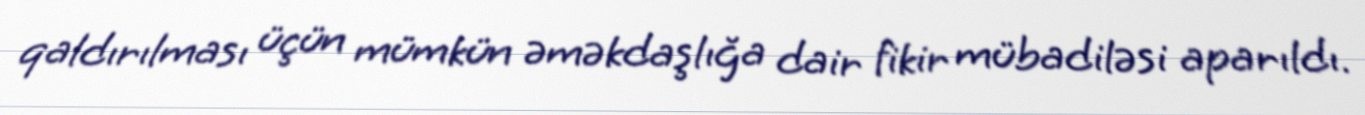
qaldırılması üçün mümkün əməkdaşlığa dair fikir mübadiləsi aparıldı.